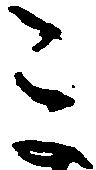
ミ